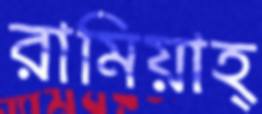
রামিয়াহ্